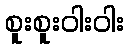
စူးစူးဝါးဝါး